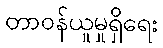
တာဝန်ယူမှုရှိရေး